Annual report of the Camel Specialist
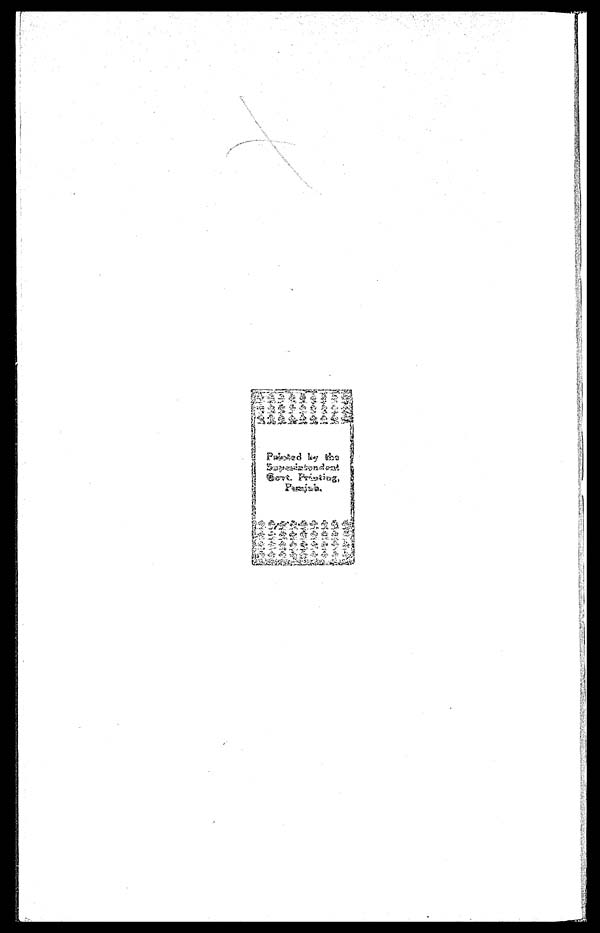
Printed by the Superintendent Govt. Printing, Punjab.